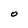
Character: O